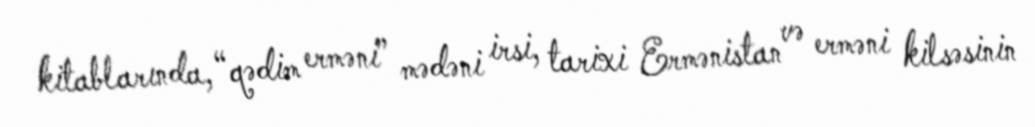
kitablarında, “qədim erməni” mədəni irsi, tarixi Ermənistan və erməni kilsəsinin